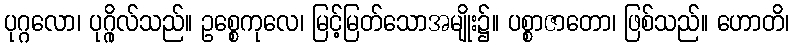
ပုဂ္ဂလော၊ ပုဂ္ဂိုလ်သည်။ ဥစ္စေကုလေ၊ မြင့်မြတ်သောအမျိုး၌။ ပစ္စာဇာတော၊ ဖြစ်သည်။ ဟောတိ၊